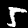
Digit: 5